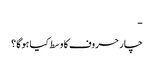
-
چار حروف کا وسط کیا ہوگا ؟